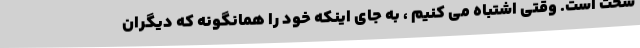
سخت است. وقتی اشتباه می کنیم ، به جای اینکه خود را همانگونه که دیگران